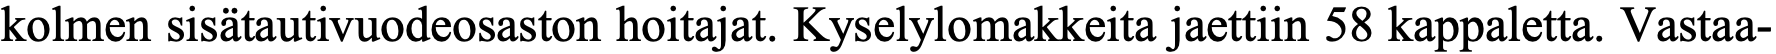
kolmen sisätautivuodeosaston hoitajat. Kyselylomakkeita jaettiin 58 kappaletta. Vastaa-